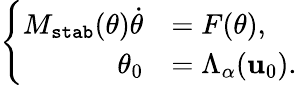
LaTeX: \left\{ \begin{array}{rl}{M_{\texttt{stab}}(\theta)\dot{\theta}}&{=F(\theta),}\\ {\theta_{0}}&{=\Lambda_{\alpha}(\mathbf{u}_{0}).}\end{array}\right.